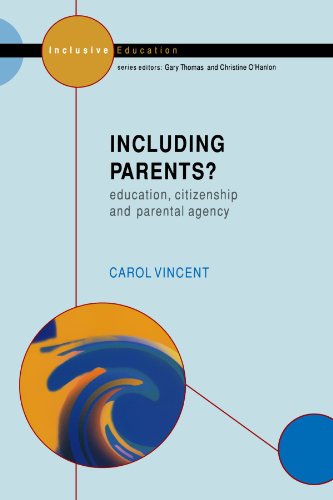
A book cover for Including Parents: Educational, Citizenship, and Parental Agency; Carol Vincent; Health, Fitness & Dieting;